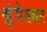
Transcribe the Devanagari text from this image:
श्रृंगेश्‍वर